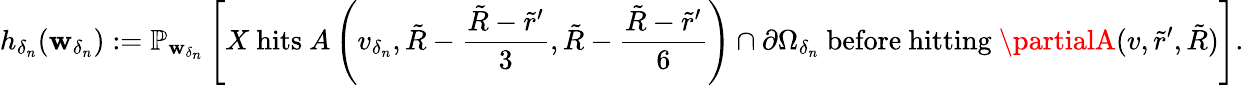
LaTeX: h_{\delta_{n}}(\mathbf{w}_{\delta_{n}}):=\mathbb{{P}}_{\mathbf{w}_{\delta_{n}}}\left[X\mathrm{{~hits~}}A\left(v_{\delta_{n}},\tilde{{R}}-\frac{{\tilde{{R}}-\tilde{{r}}^{\prime}}}{{3}},\tilde{{R}}-\frac{{\tilde{{R}}-\tilde{{r}}^{\prime}}}{{6}}\right)\cap\partial\Omega_{\delta_{n}}\mathrm{{~before~hitting~}}\partialA(v,\tilde{{r}}^{\prime},\tilde{{R}})\right].